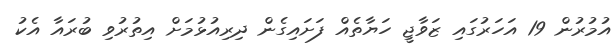
އުމުރުން 19 އަހަރުގައި ޒަވާޖީ ހަޔާތެއް ފަށައިގެން ދިރިއުޅުމަށް އިތުރުވި ބުރައާ އެކު